Document type: Inventory
Year: 1295
Scribe: Pere Marc
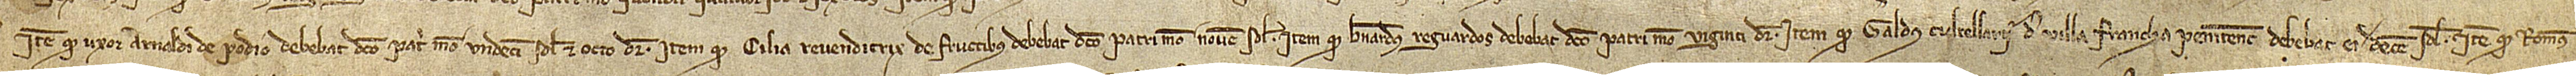
item, quod uxor Arnaldi de Podio debebat dicto patri meo undecim solidos et octo denarios; item, quod Cilia, revenditrix de fructibus, debebat dicto patri meo novem solidos; item, quod Bernardus Reguardos debebat dicto patri meo viginti denarios; item, quod Geraldus Cultellarii, de Villa Francha Penitentsis, debebat ei decem solidos; item, quod Romeus